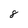
Character: 8